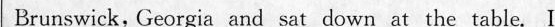
Brunswick, Gaoruia and sat down at the table l